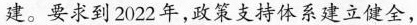
建。要求到2022年，政策支持体系建立健全，